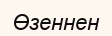
Өзеннен